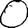
Digit: 0